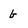
Character: b